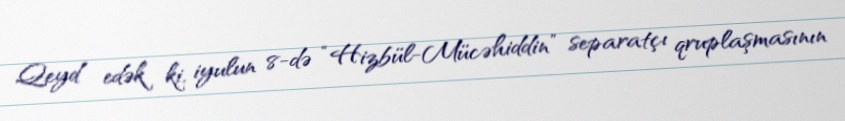
Qeyd edək ki, iyulun 8-də “Hizbül-Mücəhiddin” separatçı qruplaşmasının